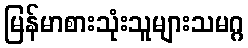
မြန်မာစားသုံးသူများသမဂ္ဂ